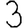
Digit: 3